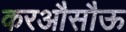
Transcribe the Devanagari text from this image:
करऔसौऊ